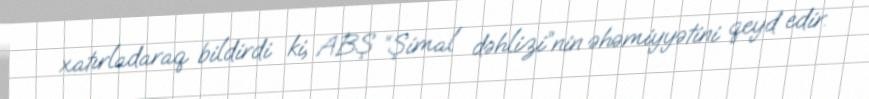
xatırladaraq bildirdi ki, ABŞ “Şimal dəhlizi”nin əhəmiyyətini qeyd edir.